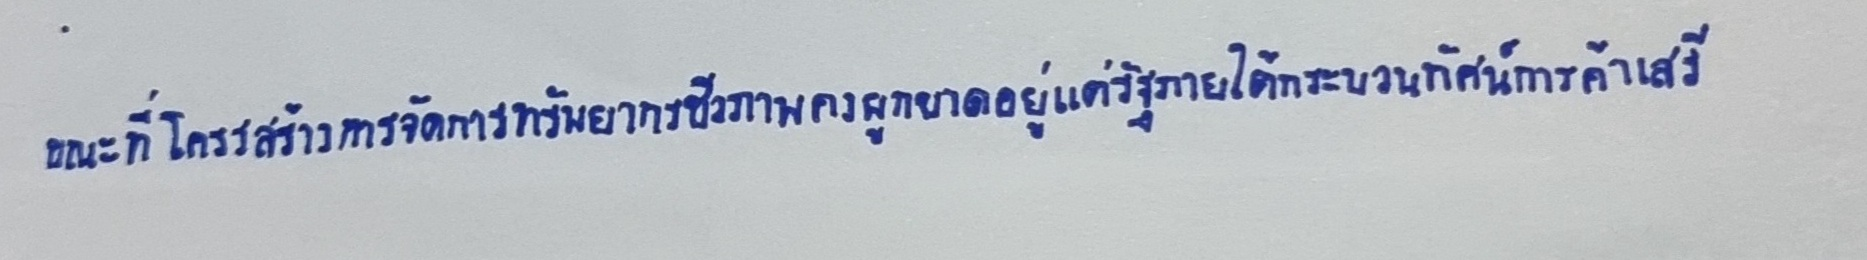
ขณะที่โครงสร้างการจัดการทรัพยากรชีวภาพยังคงผูกขาดอยู่แต่รัฐภายใต้กระบวนทัศน์การค้าเสรี